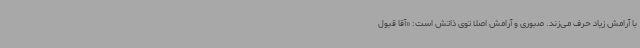
با آرامش زیاد حرف می‌زند. صبوری و آرامش اصلاً توی ذاتش است: «آقا قبول